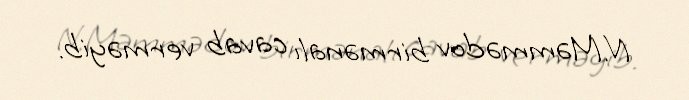
N.Məmmədov birmənalı cavab verməyib.